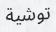
توشية